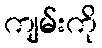
ကျမ်းကို